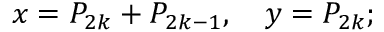
x = P _ { 2 k } + P _ { 2 k - 1 } , \quad y = P _ { 2 k } ;